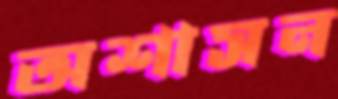
অশাসন